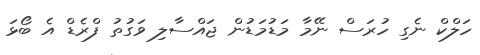
ހަލްކް ނެގި ހުރަސް ނޭމާ މަޑުމަޑުން ޖައްސާލި ވަގުތު ފްރެޑް އެ ބޯޅަ